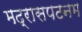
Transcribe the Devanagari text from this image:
मद्रासपटनम